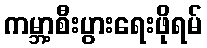
ကမ္ဘာ့စီးပွားရေးဖိုရမ်